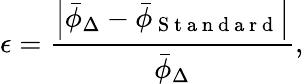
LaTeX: \epsilon=\frac{\left|\bar{\phi}_{\Delta}-\bar{\phi}_{\mathrm{~S~t~a~n~d~a~r~d~}}\right|}{\bar{\phi}_{\Delta}},